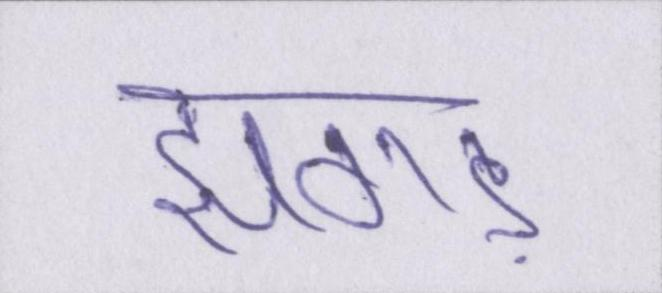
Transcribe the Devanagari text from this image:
झगड़